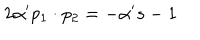
2 \alpha ^ { \prime } p _ { 1 } \cdot p _ { 2 } = - \alpha ^ { \prime } s - 1